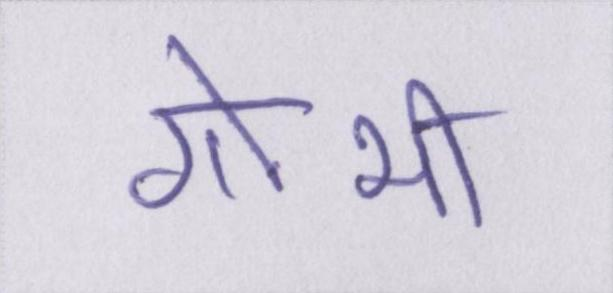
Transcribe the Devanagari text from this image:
गोभी